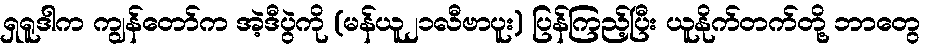
ရှရူဒါက ကျွန်တော်က အဲ့ဒီပွဲကို (မန်ယူ၂၁လီဗာပူး) ပြန်ကြည့်ပြီး ယူနိုက်တက်တို့ ဘာတွေ